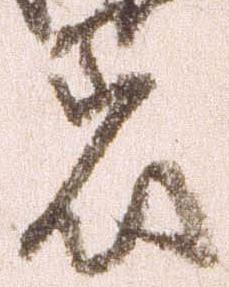
着